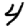
Digit: 4